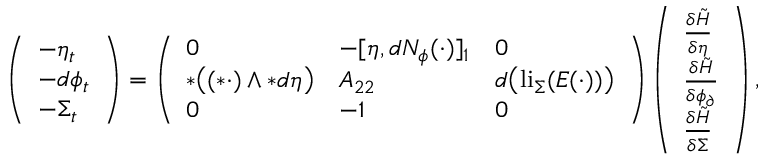
\begin{array} { r l } & { \left( \begin{array} { l } { - \eta _ { t } } \\ { - d \phi _ { t } } \\ { - \Sigma _ { t } } \end{array} \right) = \left( \begin{array} { l l l } { 0 } & { - [ \eta , d N _ { \phi } ( \cdot ) ] _ { 1 } } & { 0 } \\ { \ast \big ( ( \ast \cdot ) \wedge \ast d \eta \big ) } & { A _ { 2 2 } } & { d \big ( \mathrm { l i } _ { \Sigma } ( E ( \cdot ) ) \big ) } \\ { 0 } & { - 1 } & { 0 } \end{array} \right) \left( \begin{array} { l } { \frac { \delta \tilde { H } } { \delta \eta } } \\ { \frac { \delta \tilde { H } } { \delta \phi _ { \partial } } } \\ { \frac { \delta \tilde { H } } { \delta \Sigma } } \end{array} \right) , } \end{array}